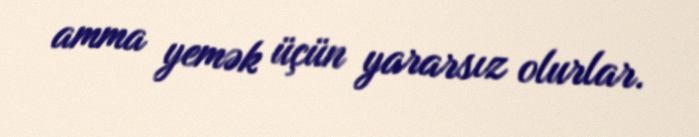
amma yemək üçün yararsız olurlar.